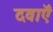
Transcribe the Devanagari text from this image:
दवाऍं